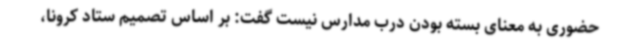
حضوری به معنای بسته بودن درب مدارس نیست گفت: بر اساس تصمیم ستاد کرونا،